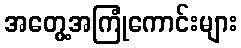
အတွေ့အကြုံကောင်းများ